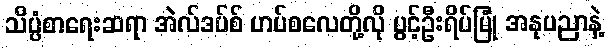
သိပ္ပံစာရေးဆရာ အဲလ်ဒပ်စ် ဟပ်စလေတို့လို ပွင့်ဦးရိပ်မြုံ အနုပညာနဲ့